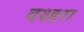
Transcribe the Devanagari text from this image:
दश्हरा